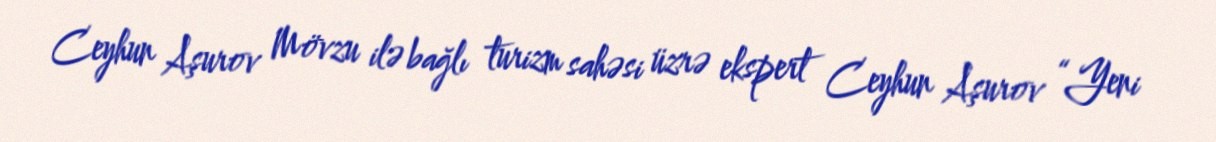
Ceyhun Aşurov Mövzu ilə bağlı turizm sahəsi üzrə ekspert Ceyhun Aşurov “Yeni